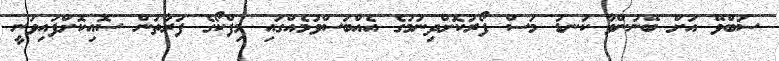
ސަބްވޭ އަށް ބޭނުންވާ ކަނޑު މަސް ފޯރުކޮށްދިނުމުގެ އެއްބަސްވުމެއްގައި މިފްކޯގެ ފަރާތުން ސޮއިކޮށްފައިވަނީ